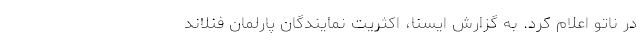
در ناتو اعلام کرد. به گزارش ایسنا، اکثریت نمایندگان پارلمان فنلاند